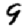
Digit: 9